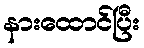
နားထောင်ပြီး